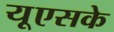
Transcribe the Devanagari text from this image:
यूएसके